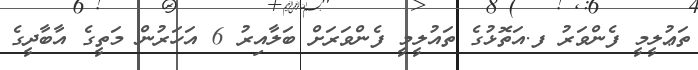
ތަޢުލީމީ ފެންވަރު ފ.އަތޮޅުގެ ތައުލީމީ ފެންވަރަށް ބަލާއިރު 6 އަހަރުން މަތީގެ އާބާދީގެ